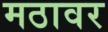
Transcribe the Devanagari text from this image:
मठावर